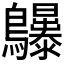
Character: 𱉆